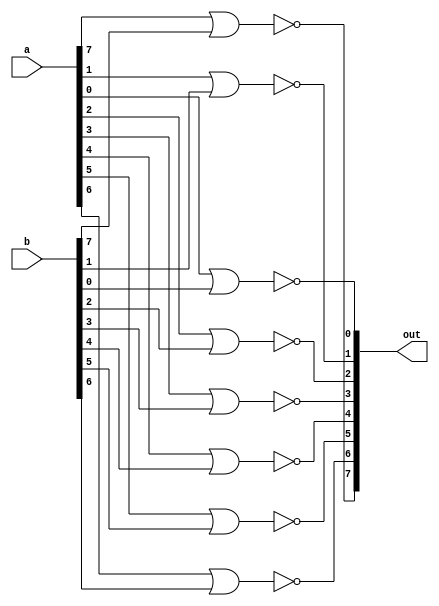
module nor_8bit(output [7:0] out, input [7:0] a, b);

nor (out[1], a[1], b[1]);
nor (out[0], a[0], b[0]);
nor (out[2], a[2], b[2]);
nor (out[3], a[3], b[3]);
nor (out[4], a[4], b[4]);
nor (out[5], a[5], b[5]);
nor (out[6], a[6], b[6]);
nor (out[7], a[7], b[7]);


endmodule